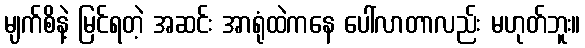
မျက်စိနဲ့ မြင်ရတဲ့ အဆင်း အာရုံထဲကနေ ပေါ်လာတာလည်း မဟုတ်ဘူး။